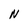
Character: N